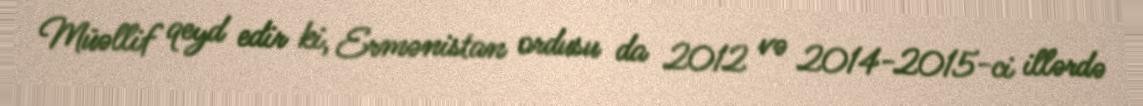
Müəllif qeyd edir ki, Ermənistan ordusu da 2012 və 2014-2015-ci illərdə